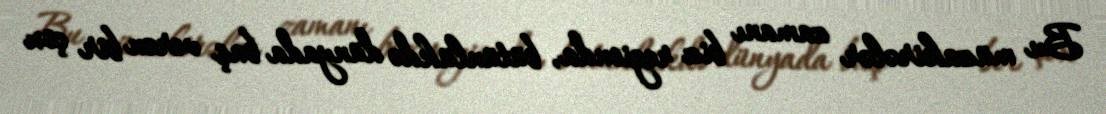
Bu müzakirələr zamanı biz regionda, bütünlükdə dünyada baş verən bir çox